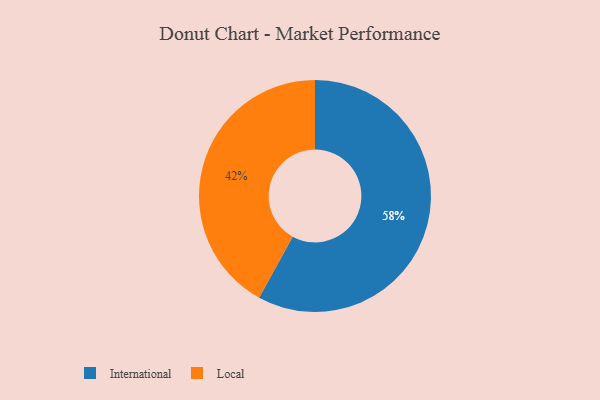
{"axis": {"x": "Category", "y": "Percentage"}, "legend": ["International", "Local"], "data": [{"x": "International", "y": 58, "type": "International"}, {"x": "Local", "y": 42, "type": "Local"}]}